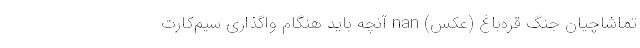
تماشاچیان جنگ قره‌باغ (عکس) nan آنچه باید هنگام واگذاری سیم‌کارت